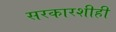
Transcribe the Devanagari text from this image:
सरकारशीही